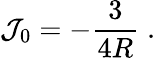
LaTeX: \mathcal{J}_{0}=-\frac 3{4R}\; .